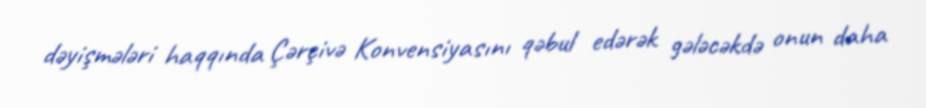
dəyişmələri haqqında Çərçivə Konvensiyasını qəbul edərək gələcəkdə onun daha